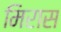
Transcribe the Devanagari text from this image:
मिरास